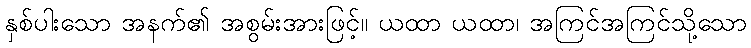
နှစ်ပါးသော အနက်၏ အစွမ်းအားဖြင့်။ ယထာ ယထာ၊ အကြင်အကြင်သို့သော